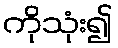
ကိုသုံး၍